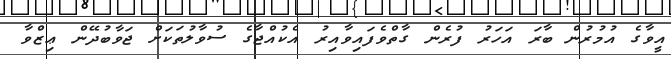
އީވާގެ އުމުރުން ބާރަ އަހަރު ފުރެން ގާތްވެފައިވާއިރު އެކުއްޖާގެ ސުވާލުތަކަށް ޖަވާބުދޭން ޢިޒްވާ